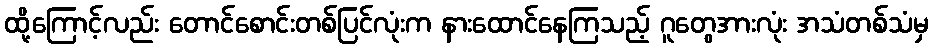
ထို့ကြောင့်လည်း တောင်စောင်းတစ်ပြင်လုံးက နားထောင်နေကြသည့် ဂူတွေအားလုံး အသံတစ်သံမှ